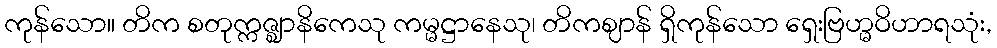
ကုန်သော။ တိက စတုက္ကဇ္ဈာနိကေသု ကမ္မဋ္ဌာနေသု၊ တိကဈာန် ရှိကုန်သော ရှေးဗြဟ္မဝိဟာရသုံး,